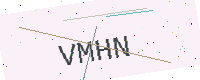
Text: VMHN